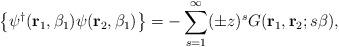
LaTeX: \begin{align*}\left\{ \psi^\dagger({\bf r}_1,\beta_1) \psi({\bf r}_2,\beta_1) \right\}= -\sum_{s=1}^\infty (\pm z)^s G({\bf r}_1,{\bf r}_2; s\beta),\end{align*}